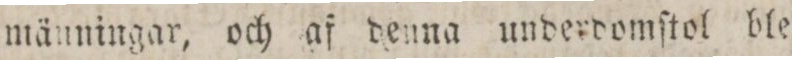
männingar, och af denna underdomſtol blef